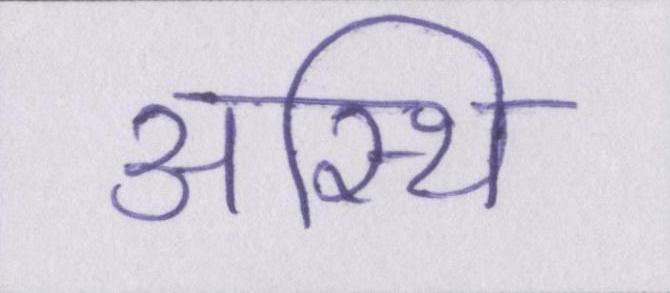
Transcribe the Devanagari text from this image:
अस्थि